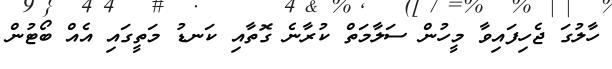
ހާލުގަ ޖެހިފައިވާ މީހުން ސަލާމަތް ކުރާނެ ގޮތާއި ކަނޑު މަތީގައި އެއް ބޯޓުން